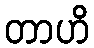
တာဟိ